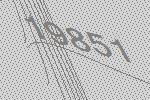
19851